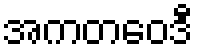
အကတဝေဒီ